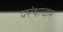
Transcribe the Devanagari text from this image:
परंथाकर